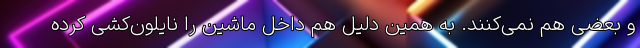
و بعضی هم نمی‌کنند. به همین دلیل هم داخل ماشین را نایلون‌کشی کرده